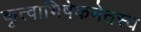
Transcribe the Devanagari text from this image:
कृत्वाभिषेकमेतस्य